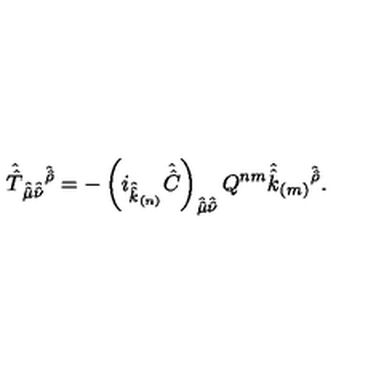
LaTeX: \hat { \hat { T } } _ { \hat { \hat { \mu } } \hat { \hat { \nu } } } { } ^ { \hat { \hat { \rho } } } = - \left( i _ { \hat { \hat { k } } _ { ( n ) } } \hat { \hat { C } } \right) _ { \hat { \hat { \mu } } \hat { \hat { \nu } } } Q ^ { n m } \hat { \hat { k } } _ { ( m ) } { } ^ { \hat { \hat { \rho } } } .